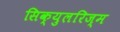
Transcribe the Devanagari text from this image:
सिक्युलरिज्म